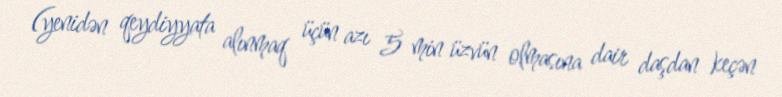
(yenidən qeydiyyata alınmaq üçün azı 5 min üzvün olmasına dair daşdan keçən